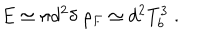
LaTeX: E \simeq \pi d ^ { 2 } \delta \; \rho _ { F } \simeq d ^ { 2 } T _ { b } ^ { 3 } \; .